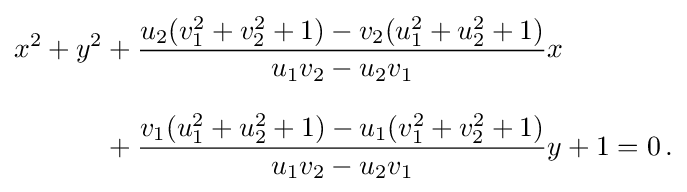
{\begin{aligned}x^{2}+y^{2}&{}+{\frac {u_{2}(v_{1}^{2}+v_{2}^{2}+1)-v_{2}(u_{1}^{2}+u_{2}^{2}+1)}{u_{1}v_{2}-u_{2}v_{1}}}x\\[8pt]&{}+{\frac {v_{1}(u_{1}^{2}+u_{2}^{2}+1)-u_{1}(v_{1}^{2}+v_{2}^{2}+1)}{u_{1}v_{2}-u_{2}v_{1}}}y+1=0\,.\end{aligned}}